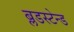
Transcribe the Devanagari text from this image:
ब्लडस्टेन्ड